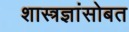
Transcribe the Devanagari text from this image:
शास्त्रज्ञांसोबत